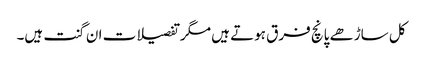
کل ساڑھے پانچ فرق ہوتے ہیں مگر تفصیلات ان گنت ہیں۔